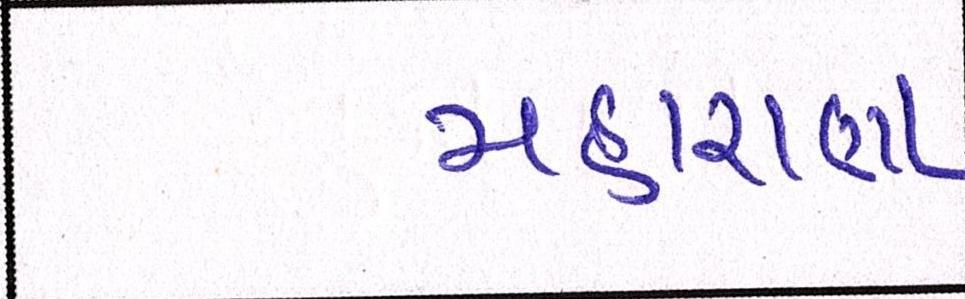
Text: મહારાણા